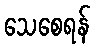
သေစေရန်